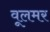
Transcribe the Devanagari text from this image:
वूलमर